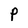
Character: P